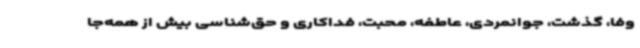
وفا، گذشت، جوانمردی، عاطفه، محبت، فداکاری و حق‌شناسی بیش از همه‌جا